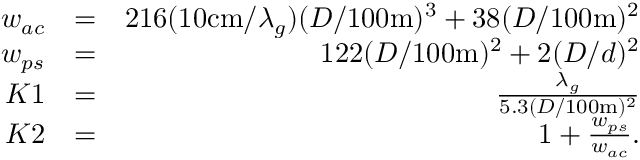
\begin{array} { r l r } { w _ { a c } } & { = } & { 2 1 6 ( 1 0 \mathrm { c m } / \lambda _ { g } ) ( D / 1 0 0 \mathrm { m } ) ^ { 3 } + 3 8 ( D / 1 0 0 \mathrm { m } ) ^ { 2 } } \\ { w _ { p s } } & { = } & { 1 2 2 ( D / 1 0 0 \mathrm { m } ) ^ { 2 } + 2 ( D / d ) ^ { 2 } } \\ { K 1 } & { = } & { \frac { \lambda _ { g } } { 5 . 3 ( D / 1 0 0 \mathrm { m } ) ^ { 2 } } } \\ { K 2 } & { = } & { 1 + \frac { w _ { p s } } { w _ { a c } } . } \end{array}